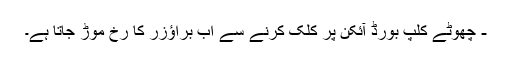
- چھوٹے کلپ بورڈ آئکن پر کلک کرنے سے اب براؤزر کا رخ موڑ جاتا ہے۔